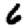
Digit: 6